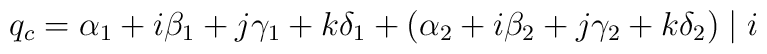
q_{c} = \alpha_{1} +i\beta_{1} +j\gamma_{1} + k\delta_{1} +(\alpha_{2} +i\beta_{2} +j\gamma_{2} + k\delta_{2}) \mid i